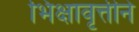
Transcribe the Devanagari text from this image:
भिक्षावृत्तीने